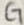
Text: CT